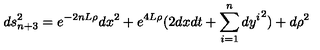
d s _ { n + 3 } ^ { 2 } = e ^ { - 2 n L \rho } d x ^ { 2 } + e ^ { 4 L \rho } ( 2 d x d t + \sum _ { i = 1 } ^ { n } { d y ^ { i } } ^ { 2 } ) + d \rho ^ { 2 }